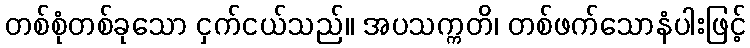
တစ်စုံတစ်ခုသော ငှက်ငယ်သည်။ အပသက္ကတိ၊ တစ်ဖက်သောနံပါးဖြင့်